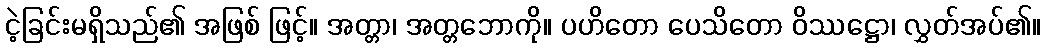
ငဲ့ခြင်းမရှိသည်၏ အဖြစ် ဖြင့်။ အတ္တာ၊ အတ္တဘောကို။ ပဟိတော ပေသိတော ဝိဿဋ္ဌော၊ လွှတ်အပ်၏။